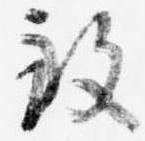
致